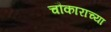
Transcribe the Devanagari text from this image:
चौकाराच्या